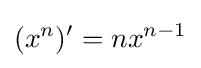
(x^{n})'=nx^{n-1}